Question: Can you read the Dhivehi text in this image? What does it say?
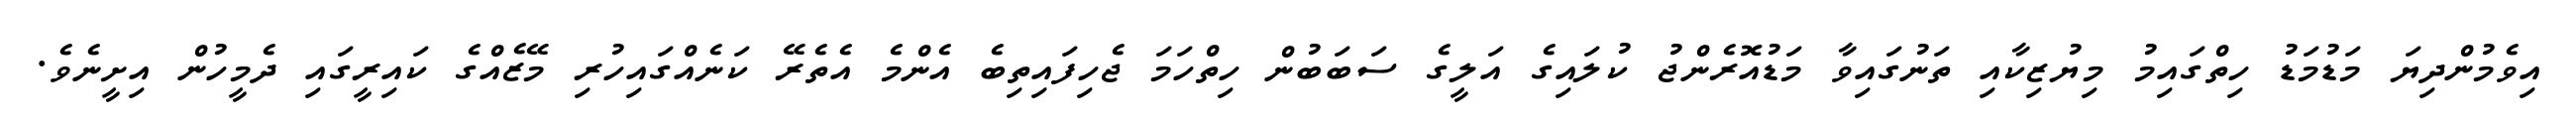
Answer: އިވެމުންދިޔަ މަޑުމަޑު ހިތްގައިމު މިޔުޒިކާއި ތަނުގައިވާ މަޑުއޮރެންޖު ކުލައިގެ އަލީގެ ސަބަބުން ހިތްހަމަ ޖެހިފައިތިބެ އެންމެ އެތެރޭ ކަނެއްގައިހުރި މޭޒެއްގެ ކައިރީގައި ދެމީހުން އިށީނެވެ.